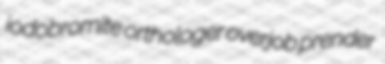
iodobromite orthologer overjob prender